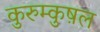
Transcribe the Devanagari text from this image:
कुरुम्कुष़ल